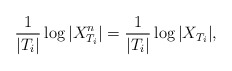
\begin{align*} \frac{1}{|T_i|}\log|X^n_{T_i}| = \frac{1}{|T_i|}\log|X_{T_i}|,\end{align*}